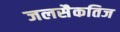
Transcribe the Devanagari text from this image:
जलसैकतिज